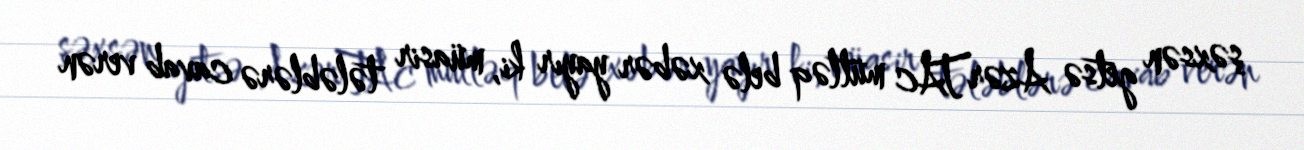
şəxsən getsə AzərTAc mütləq belə xəbər yayır ki, müasir tələblərə cavab verən